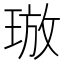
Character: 𪻯